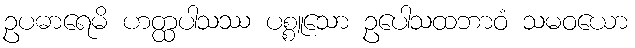
ဥပဓာရေမိ ဟတ္ထပါသဿ ပစ္စူသော ဥပေါသထဘာဝံ သမဝယော